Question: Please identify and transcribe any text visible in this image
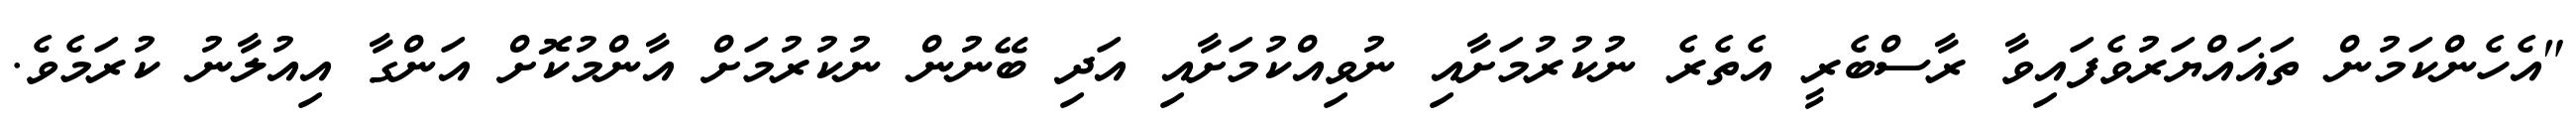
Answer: "އެހެންކަމުން ތަޣައްޔަރުވެފައިވާ ރާސްބެރީ އެތެރެ ނުކުރުމަށާއި ނުވިއްކުމަށާއި އަދި ބޭނުން ނުކުރުމަށް އާންމުކޮށް އަންގާ އިއުލާނު ކުރަމެވެ.